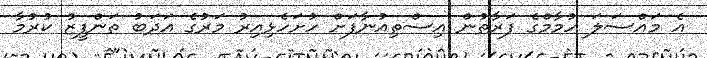
އެ މައްސަލަ ހުމާމްގެ ފަރާތުން އިސްތިއުނާފަށް ހުށަހެޅިއިރު މަރުގެ އަދަބު ތަންފީޒު ކުރުމާ